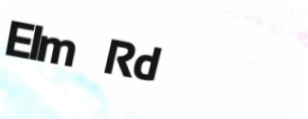
Elm Rd